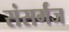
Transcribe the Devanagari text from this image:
संसर्गज